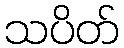
သပိတ်